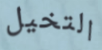
التخيل